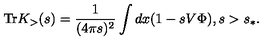
\mathrm { T r } K _ { > } ( s ) = \frac { 1 } { ( 4 \pi s ) ^ { 2 } } \int d x ( 1 - s V \Phi ) , s > s _ { \ast } .